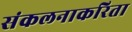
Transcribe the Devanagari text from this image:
संकलनाकरिता